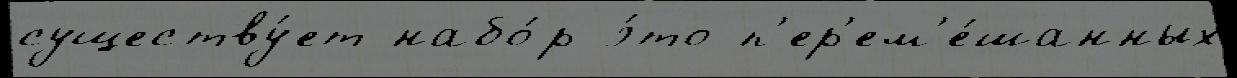
существу́ет набо́р э́то п'ер'ем'е́шанных